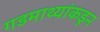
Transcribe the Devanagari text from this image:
गडमाथ्यांकडून